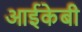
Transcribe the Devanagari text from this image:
आईकेबी